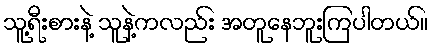
သူ့ရီးစားနဲ့ သူနဲ့ကလည်း အတူနေဘူးကြပါတယ်။